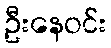
ဦးနေဝင်း